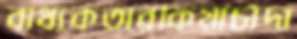
বাধ্যকতারকিয়াচাঁদা